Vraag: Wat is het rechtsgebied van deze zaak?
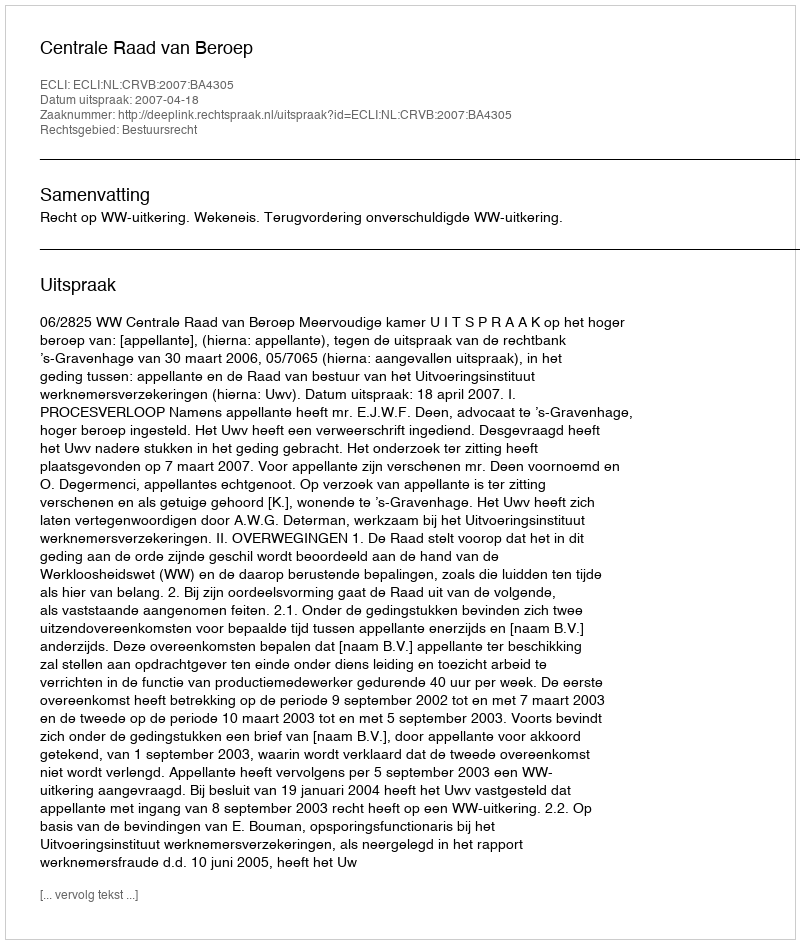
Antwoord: Bestuursrecht